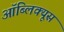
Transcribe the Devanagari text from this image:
ऑब्लिक्यूस